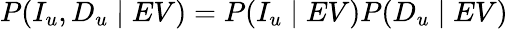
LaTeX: P(I_{u},D_{u}\mid EV)=P(I_{u}\mid EV)P(D_{u}\mid EV)